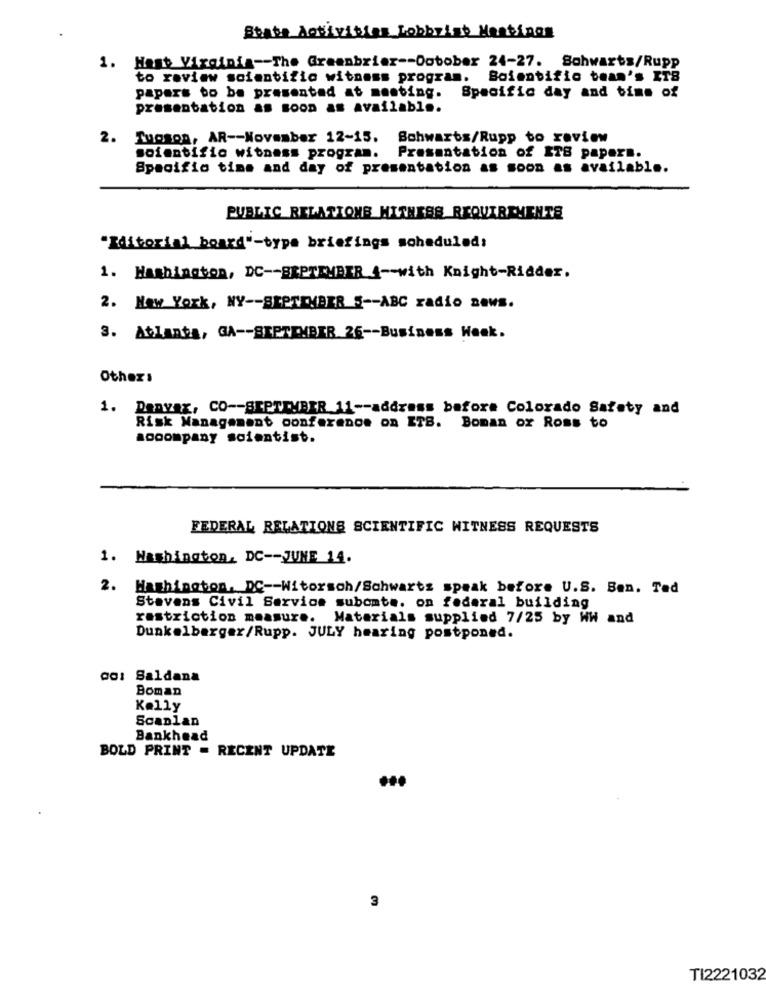
State Activities Lobbyist Mentinon
1. Hast Virginia -- The Greenbrier -- Dobober 24-27. Schwarts/Rupp
to review scientific witness program. Boientific bean's ITS
papers to be presented at meeting. Specific day and bins of
presentation as soon as available.
2.
Tuoson, AR -- November 12-15. Bohwarts/Rupp to review
scientific witness program. Presentation of ITS papers.
Specific time and day of presentation as soon as available.
PUBLIC RELATIONS HITHESS REQUIREMENTS
"Editorial board"-type briefings scheduled:
1. Washington, DC -- SEPTEMBER -- with Knight-Ridder.
2. New York, NY -- SEPTEMBER S -- ABC radio zaws.
3. Atlanta, GA -- SEPTEMBER 26 -- Business Week.
Others
1. Danvax, CO -- SEPTEMBER 11 -- address before Colorado Safety and
Risk Management conference on ITS. Boman or Roms to
accompany soientist.
FEDERAL RELATIONS SCIENTIFIC WITNESS REQUESTS
1. Washington, DC -- JUNE 14.
2. Washington, DC -- Witorsoh/Schwartz speak before U.S. Ben. Ted
Stevens Civil Service subomte. on federal building
restriction measure. Materials supplied 7/25 by WW and
Dunkelberger/Rupp. JULY hearing postponed.
dc: Saldana
Boman
Kelly
Scaplan
Bankhead
BOLD PRINT = RECENT UPDATE
3
TI2221032